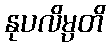
နုပလိမ္ပတိ